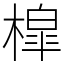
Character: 槹